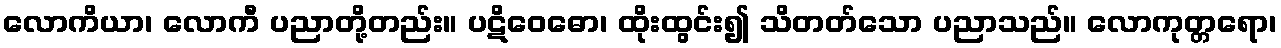
လောကိယာ၊ လောကီ ပညာတို့တည်း။ ပဋိဝေဓော၊ ထိုးထွင်း၍ သိတတ်သော ပညာသည်။ လောကုတ္တရော၊